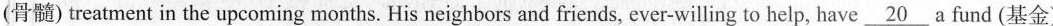
(骨髓) treatment in the upcoming months. His neighbors and friends, ever-willing to help, have \underline{20}a fund (基金)